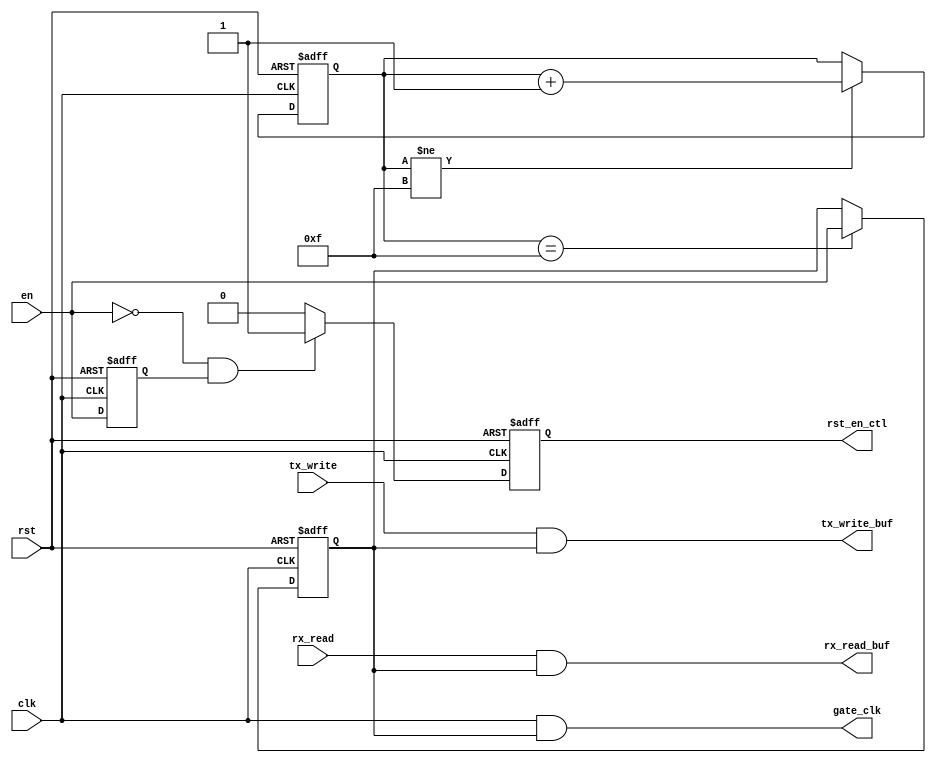
`timescale 1ns / 1ps
module en_ctrl(
    input clk,
    input rst,
    
    input en,
    
    input rx_read,
    input tx_write,
    
    output gate_clk,
    output reg rst_en_ctl,
    output rx_read_buf,
    output tx_write_buf
    );
    //
    reg en_reg;
    assign rx_read_buf = rx_read & en_reg;
    assign tx_write_buf = tx_write & en_reg;
    assign gate_clk = clk & en_reg;
    
    //rstentx_top,rx_toptx_top,rx_top
    wire en_H2L;
    reg en_pre;
    assign en_H2L = !en & en_pre;
    always @( posedge clk or posedge rst )
        if( rst )
            en_pre <= 1'b0;
        else
            en_pre <= en;    
    always @( posedge clk or posedge rst )
        if( rst )
            rst_en_ctl <= 1'b1;
        else if( en_H2L )
            rst_en_ctl <= 1'b1;
        else
            rst_en_ctl <= 1'b0;
    
    //enrst(FIFO)en
    reg [3:0]cnt;
    always @( posedge clk or posedge rst )
        if( rst )
            en_reg <= 1'b0;
        else if( cnt == 4'd15 )
            en_reg <= en;
    always @( posedge clk or posedge rst )
        if( rst )
            cnt <= 4'd0;
        else if( cnt != 4'd15 )
            cnt <= cnt + 1'b1;
endmodule